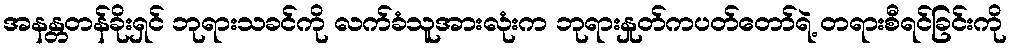
အနန္တတန်ခိုးရှင် ဘုရားသခင်ကို လက်ခံသူအားလုံးက ဘုရားနှုတ်ကပတ်တော်ရဲ့ တရားစီရင်ခြင်းကို